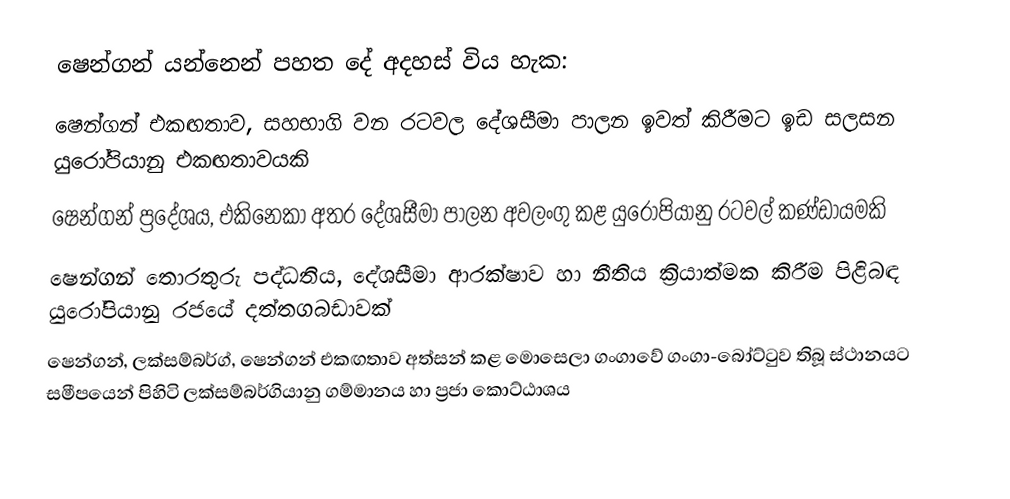
ෂෙන්ගන් යන්නෙන් පහත දේ අදහස් විය හැක:
 ෂෙන්ගන් එකඟතාව, සහභාගි වන රටවල දේශසීමා පාලන ඉවත් කිරීමට ඉඩ සලසන යුරෝපියානු එකඟතාවයකි
 ෂෙන්ගන් ප්‍රදේශය, එකිනෙකා අතර දේශසීමා පාලන අවලංගු කළ යුරෝපියානු රටවල් කණ්ඩායමකි
 ෂෙන්ගන් තොරතුරු පද්ධතිය, දේශසීමා ආරක්ෂාව හා නීතිය ක්‍රියාත්මක කිරීම පිළිබඳ යුරෝපියානු රජයේ දත්තගබඩාවක්
 ෂෙන්ගන්, ලක්සම්බර්ග්, ෂෙන්ගන් එකඟතාව අත්සන් කළ මොසෙලා ගංගාවේ ගංගා-බෝට්ටුව තිබූ ස්ථානයට සමීපයෙන් පිහිටි ලක්සම්බර්ගියානු ගම්මානය හා ප්‍රජා කොට්ඨාශය